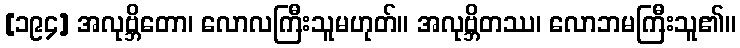
[၁၉၄] အလုဗ္ဘိတော၊ လောလကြီးသူမဟုတ်။ အလုဗ္ဘိတဿ၊ လောဘမကြီးသူ၏။